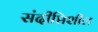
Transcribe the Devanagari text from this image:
संदीप्तिशील